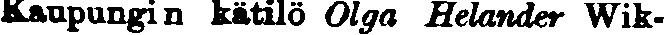
Kaupungin kätilö Olga Helander Wik-